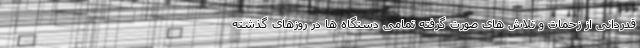
قدردانی از زحمات و تلاش های صورت گرفته تمامی دستگاه ها در روزهای گذشته